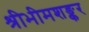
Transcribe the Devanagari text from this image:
श्रीभीमशङ्कर